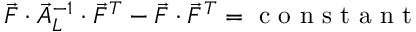
\vec { F } \cdot \vec { A } _ { L } ^ { - 1 } \cdot \vec { F } ^ { T } - \vec { F } \cdot \vec { F } ^ { T } = \mathrm { ~ c ~ o ~ n ~ s ~ t ~ a ~ n ~ t ~ }